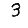
Digit: 3